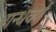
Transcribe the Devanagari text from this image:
गन्धवर्ण